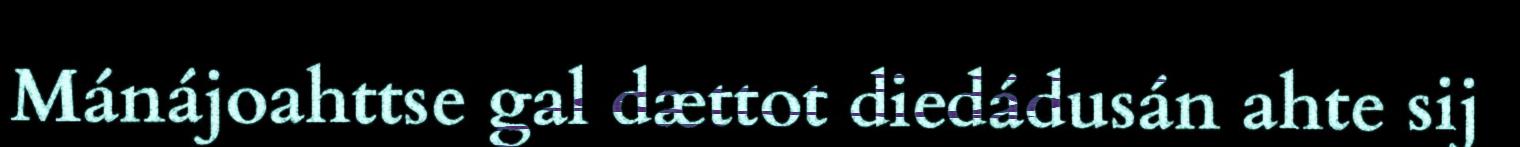
Mánájoahttse gal dættot diedádusán ahte sij